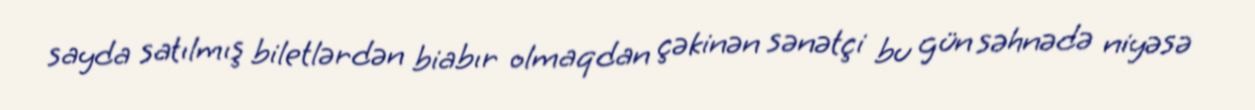
sayda satılmış biletlərdən biabır olmaqdan çəkinən sənətçi bu gün səhnədə niyəsə